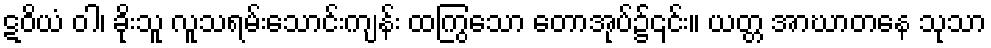
ဋဝိယံ ဝါ၊ ခိုးသူ လူသရမ်းသောင်းကျန်း ထကြွသော တောအုပ်၌၎င်း။ ယတ္တ အာဃာတနေ သုသာ